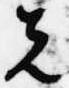
先